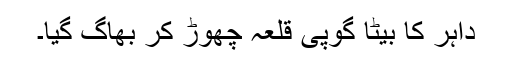
داہر کا بیٹا گوپی قلعہ چھوڑ کر بھاگ گیا۔